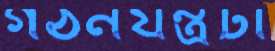
গঠনযন্ত্রটা